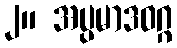
၂။ အပ္ပမာဒဝဂ္ဂ